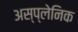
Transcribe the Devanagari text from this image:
अस्प्लेनिक